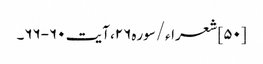
[۵۰] شعراء/سوره۲۶، آیت ۶۰-۶۶۔